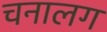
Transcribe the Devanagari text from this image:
चनालग